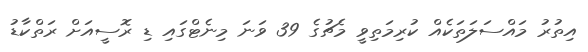
އިތުރު މައްސަލަތަކެއް ކުރިމަތިވީ މެޗުގެ 39 ވަނަ މިނެޓްގައި ޑި ރޮސީއަށް ރަތްކާޑު